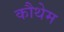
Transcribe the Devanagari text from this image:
कौथेम